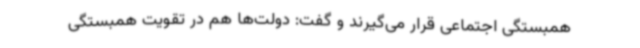
همبستگی اجتماعی قرار می‌گیرند و گفت: دولت‌ها هم در تقویت همبستگی